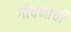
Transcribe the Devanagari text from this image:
गोधनाची